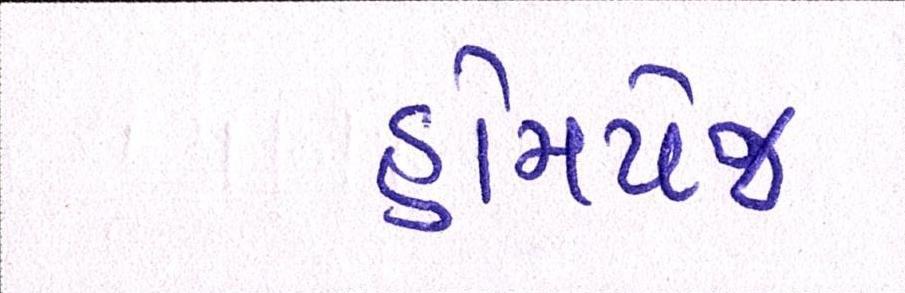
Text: હોમપેજ